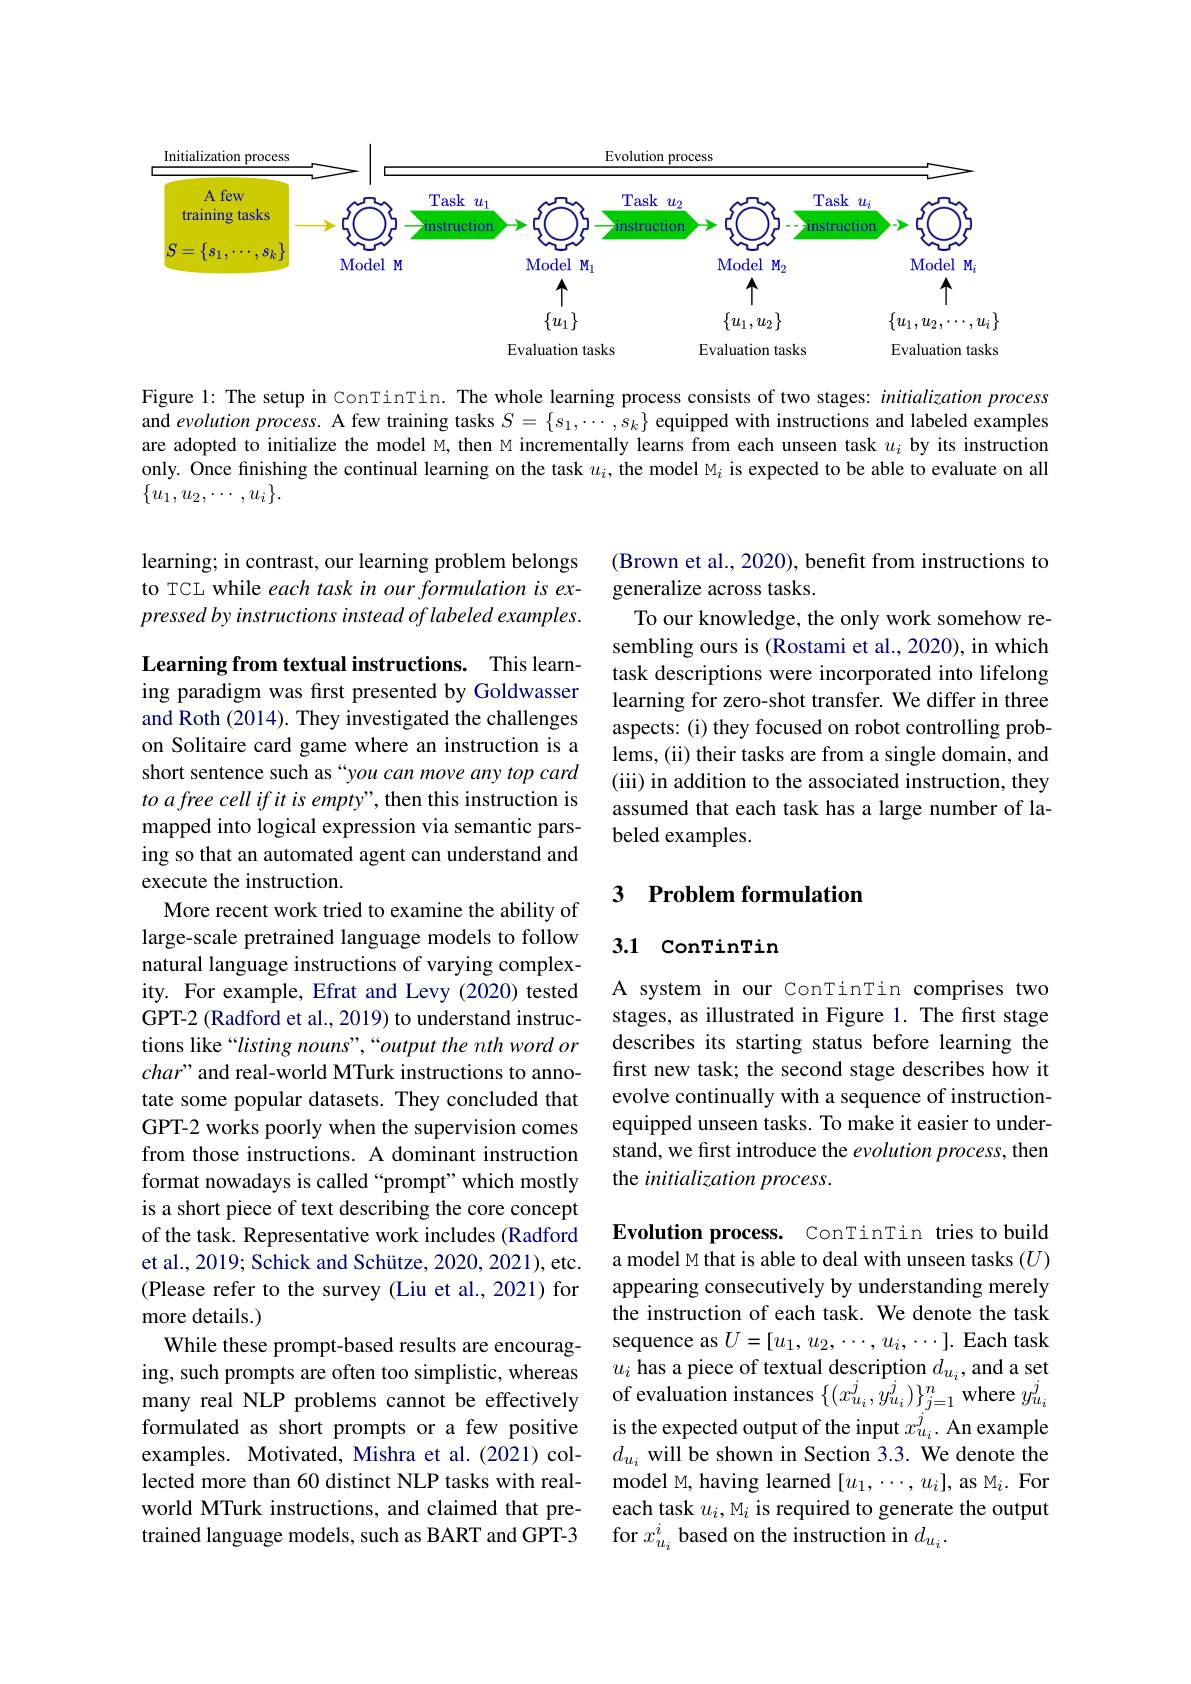
<FigureHere>

Figure 1: The setup in ConTinTin. The whole learning process consists of two stages: initialization process and evolution process. A few training tasks $S=\{s_1,\cdots,s_k\}$ equipped with instructions and labeled examples are adopted to initialize the model M, then M incrementally learns from each unseen task $u_i$ by its instruction only. Once finishing the continual learning on the task $u_i$, the model M$_i$ is expected to be able to evaluate on all $\{u_1,u_2,\cdots,u_i\}.$

learning; in contrast, our learning problem belongs to TCL while each task in our formulation is expressed by instructions instead of labeled examples.

(Brown et al., 2020), benefit from instructions to
generalize across tasks.
To our knowledge, the only work somehow resembling ours is (Rostami et al., 2020), in which task descriptions were incorporated into lifelong learning for zero-shot transfer. We differ in three aspects: (i) they focused on robot controlling problems, (ii) their tasks are from a single domain, and (iii) in addition to the associated instruction, they assumed that each task has a large number of labeled examples.

### 3 Problem formulation

### 3.1 ConTinTin

A system in our ConTinTin comprises two stages, as illustrated in Figure 1. The first stage describes its starting status before learning the first new task; the second stage describes how it evolve continually with a sequence of instructionequipped unseen tasks. To make it easier to understand, we first introduce the evolution process, then the initialization process.

Learning from textual instructions. This learning paradigm was fırst presented by Goldwasser and Roth (2014). They investigated the challenges on Solitaire card game where an instruction is a short sentence such as “you can move any top card to a free cell if it is empty", then this instruction is mapped into logical expression via semantic parsing so that an automated agent can understand and execute the instruction.
More recent work tried to examine the ability of large-scale pretrained language models to follow natural language instructions of varying complexity. For example, Efrat and Levy (2020) tested GPT-2 (Radford et al., 2019) to understand instructions like “listing nouns”,“output the nth word or char" and real-world MTurk instructions to annotate some popular datasets. They concluded that GPT-2 works poorly when the supervision comes from those instructions. A dominant instruction format nowadays is called “prompt”which mostly is a short piece of text describing the core concept of the task. Representative work includes (Radford et al., 2019; Schick and Schütze, 2020, 2021), etc. (Please refer to the survey (Liu et al., 2021) for more details.)
While these prompt-based results are encouraging, such prompts are often too simplistic, whereas many real NLP problems cannot be effectively formulated as short prompts or a few positive examples. Motivated, Mishra et al.(2021) collected more than 60 distinct NLP tasks with realworld MTurk instructions, and claimed that pretrained language models, such as BART and GPT-3

Evolution process. ConTinTin tries to build a model M that is able to deal with unseen tasks (U) appearing consecutively by understanding merely the instruction of each task. We denote the task sequence as $U=[u_1,u_2,\cdots,u_i,\cdots].$ Each task $u_i$ has a piece of textual description $d_u_i$,and a set of evaluation instances $\{(x_{u_i}^j,\bar{y}_{u_i}^j)\}_{j=1}^n$ where $y_u_i^j$ is the expected output of the input $x_{u_i}^j.$ An example $d_{u_i}$ will be shown in Section 3.3. We denote the model M, having learned $[u_1,\cdots,u_i]$, as M$_i.$ For each task $u_i,\mathrm{M}_i$ is required to generate the output for $x_{u_i}^i$ based on the instruction in $d_u_i.$